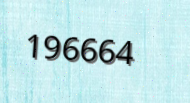
196664